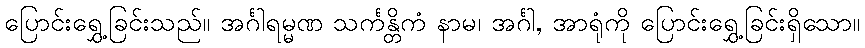
ပြောင်းရွှေ့ခြင်းသည်။ အင်္ဂါရမ္မဏ သင်္ကန္တိကံ နာမ၊ အင်္ဂါ, အာရုံကို ပြောင်းရွှေ့ခြင်းရှိသော။